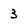
Character: 3